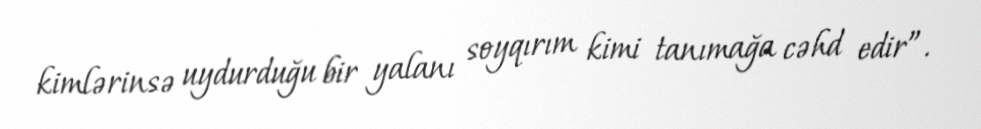
kimlərinsə uydurduğu bir yalanı soyqırım kimi tanımağa cəhd edir”.